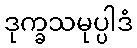
ဒုက္ခသမုပ္ပါဒံ